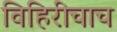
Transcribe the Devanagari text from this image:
विहिरीचाच